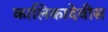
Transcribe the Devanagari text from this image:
कालिकादेवीस